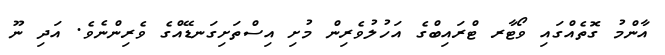
އާންމު ގޮތެއްގައި ވޯޓާރ ޓްރައިބްގެ އަހުލުވެރިން މުށި އިސްތަށިގަނޑޭއްގެ ވެރިންނެވެ. އަދި ނޫ